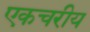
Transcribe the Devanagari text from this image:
एकचरीय